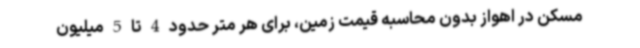
مسکن در اهواز بدون محاسبه قیمت زمین، برای هر متر حدود 4 تا 5 میلیون